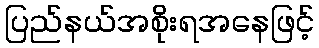
ပြည်နယ်အစိုးရအနေဖြင့်